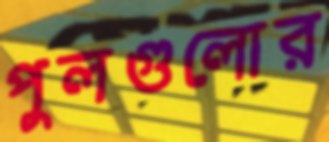
পুলগুলোর